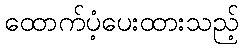
ထောက်ပံ့ပေးထားသည့်